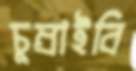
চুম্‌রাইবি